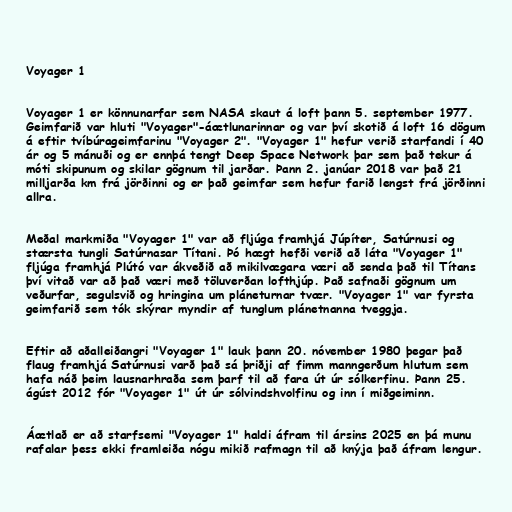
Voyager 1

Voyager 1 er könnunarfar sem NASA skaut á loft þann 5. september 1977.
Geimfarið var hluti "Voyager"-áætlunarinnar og var því skotið á loft 16 dögum
á eftir tvíbúrageimfarinu "Voyager 2". "Voyager 1" hefur verið starfandi í 40
ár og 5 mánuði og er ennþá tengt Deep Space Network þar sem það tekur á
móti skipunum og skilar gögnum til jarðar. Þann 2. janúar 2018 var það 21
milljarða km frá jörðinni og er það geimfar sem hefur farið lengst frá jörðinni
allra.

Meðal markmiða "Voyager 1" var að fljúga framhjá Júpíter, Satúrnusi og
stærsta tungli Satúrnasar Títani. Þó hægt hefði verið að láta "Voyager 1"
fljúga framhjá Plútó var ákveðið að mikilvægara væri að senda það til Títans
því vitað var að það væri með töluverðan lofthjúp. Það safnaði gögnum um
veðurfar, segulsvið og hringina um pláneturnar tvær. "Voyager 1" var fyrsta
geimfarið sem tók skýrar myndir af tunglum plánetnanna tveggja.

Eftir að aðalleiðangri "Voyager 1" lauk þann 20. nóvember 1980 þegar það
flaug framhjá Satúrnusi varð það sá þriðji af fimm manngerðum hlutum sem
hafa náð þeim lausnarhraða sem þarf til að fara út úr sólkerfinu. Þann 25.
ágúst 2012 fór "Voyager 1" út úr sólvindshvolfinu og inn í miðgeiminn.

Áætlað er að starfsemi "Voyager 1" haldi áfram til ársins 2025 en þá munu
rafalar þess ekki framleiða nógu mikið rafmagn til að knýja það áfram lengur.